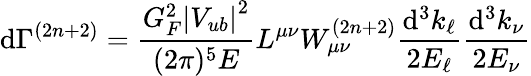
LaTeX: \mathrm{d}\Gamma^{(2n+2)}=\frac{{G_{F}^{2}\left|V_{ub}\right|^{2}}}{{(2\pi)^{5}E}}L^{\mu\nu}W_{\mu\nu}^{(2n+2)}\frac{{\mathrm{d}^{3}k_{\ell}}}{{2E_{\ell}}}\frac{{\mathrm{d}^{3}k_{\nu}}}{{2E_{\nu}}}